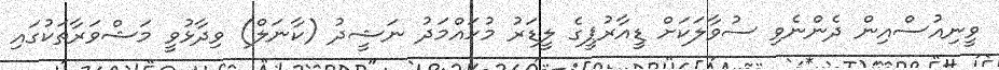
ވީނިއުސްއިން ދެންނެވި ސުވާލަކަށް ޑީއާރުޕީގެ ލީޑަރު މުހައްމަދު ނަޝީދު (ކާނަލް) ވިދާޅުވީ މަޝްވަރާތަކުގައި